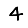
Digit: 4